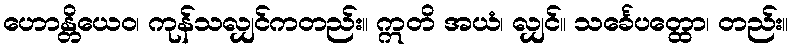
ဟောန္တိယေဝ၊ ကုန်သလျှင်ကတည်း။ ဣတိ အယံ၊ လျှင်။ သင်္ခေပတ္ထော၊ တည်း။